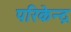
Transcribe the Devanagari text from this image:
परिकेन्द्र